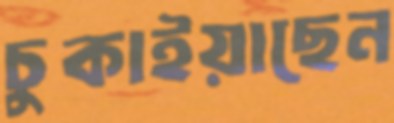
চুকাইয়াছেন